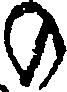
の